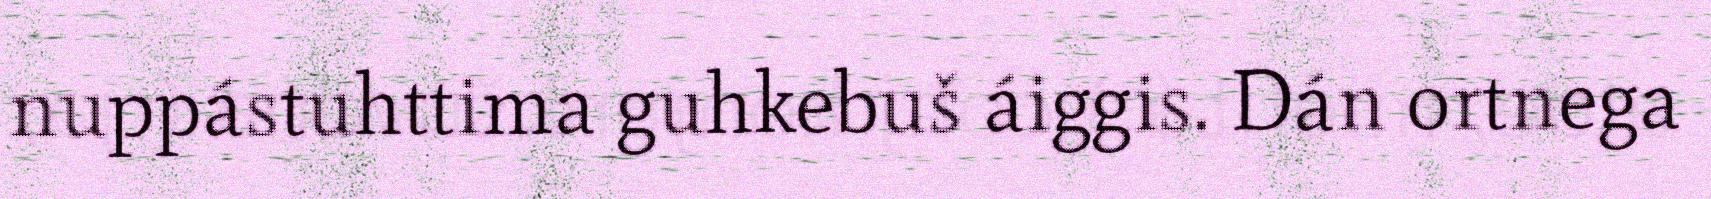
nuppástuhttima guhkebuš áiggis. Dán ortnega